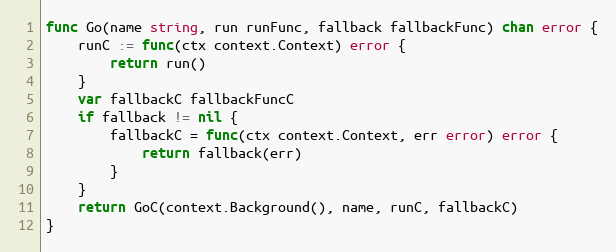
Language: Go
func Go(name string, run runFunc, fallback fallbackFunc) chan error {
	runC := func(ctx context.Context) error {
		return run()
	}
	var fallbackC fallbackFuncC
	if fallback != nil {
		fallbackC = func(ctx context.Context, err error) error {
			return fallback(err)
		}
	}
	return GoC(context.Background(), name, runC, fallbackC)
}